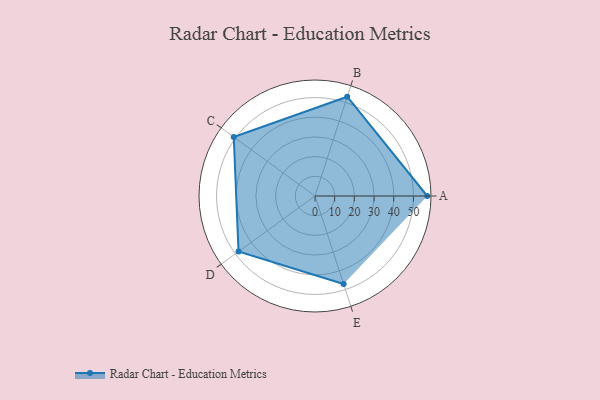
{"axis": {"x": "Skill", "y": "Score"}, "legend": ["Profile"], "data": [{"x": "A", "y": 57.0, "type": "Profile"}, {"x": "B", "y": 53.0, "type": "Profile"}, {"x": "C", "y": 51.0, "type": "Profile"}, {"x": "D", "y": 48.0, "type": "Profile"}, {"x": "E", "y": 47.0, "type": "Profile"}]}